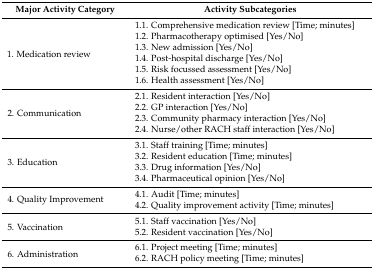
| Major Activity Category | Activity Subcategories |
 | --- | --- |
 | <ROWSPAN=6> 1. Medication review | 1.1. Comprehensive medication review [Time; minutes] |
 | 1.2. Pharmacotherapy optimised [Yes/No] |
 | 1.3. New admission [Yes/No] |
 | 1.4. Post-hospital discharge [Yes/No] |
 | 1.5. Risk focussed assessment [Yes/No] |
 | 1.6. Health assessment [Yes/No] |
 | <ROWSPAN=4> 2. Communication | 2.1. Resident interaction [Yes/No] |
 | 2.2. GP interaction [Yes/No] |
 | 2.3. Community pharmacy interaction [Yes/No] |
 | 2.4. Nurse/other RACH staff interaction [Yes/No] |
 | <ROWSPAN=4> 3. Education | 3.1. Staff training [Time; minutes] |
 | 3.2. Resident education [Time; minutes] |
 | 3.3. Drug information [Yes/No] |
 | 3.4. Pharmaceutical opinion [Yes/No] |
 | <ROWSPAN=2> 4. Quality Improvement | 4.1. Audit [Time; minutes] |
 | 4.2. Quality improvement activity [Time; minutes] |
 | <ROWSPAN=2> 5. Vaccination | 5.1. Staff vaccination [Yes/No] |
 | 5.2. Resident vaccination [Yes/No] |
 | <ROWSPAN=2> 6. Administration | 6.1. Project meeting [Time; minutes] |
 | 6.2. RACH policy meeting [Time; minutes] |